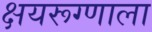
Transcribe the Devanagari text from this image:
क्षयरूग्णाला